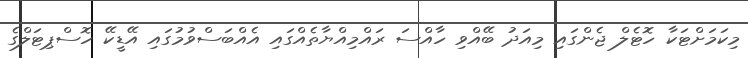
މިކަމަށްޓަކާ ހޮޓެލް ޖެންގައި މިއަދު ބޭއްވި ހާއްސަ ރައްމިއްޔާތެއްގައި އެއްބަސްވުމުގައި އޭޑީކޭ ހޮސްޕިޓަލްގެ